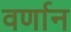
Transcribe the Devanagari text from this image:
वर्णान